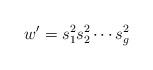
LaTeX: \begin{align*}w'=s^2_1 s^2_2\cdots s^2_g\end{align*}